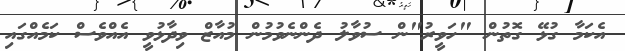
އެކަމާ ގުޅޭ ގޮތުން "ހަވީރު"ން ސުވާލު ދެންނެވުމުން މުއާޒް ވިދާޅުވީ އެއްވެސް ކަމެއްގައި